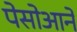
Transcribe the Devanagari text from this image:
पेसोआने